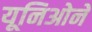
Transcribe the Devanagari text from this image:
यूनिओने